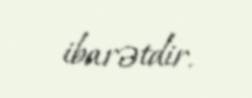
ibarətdir.